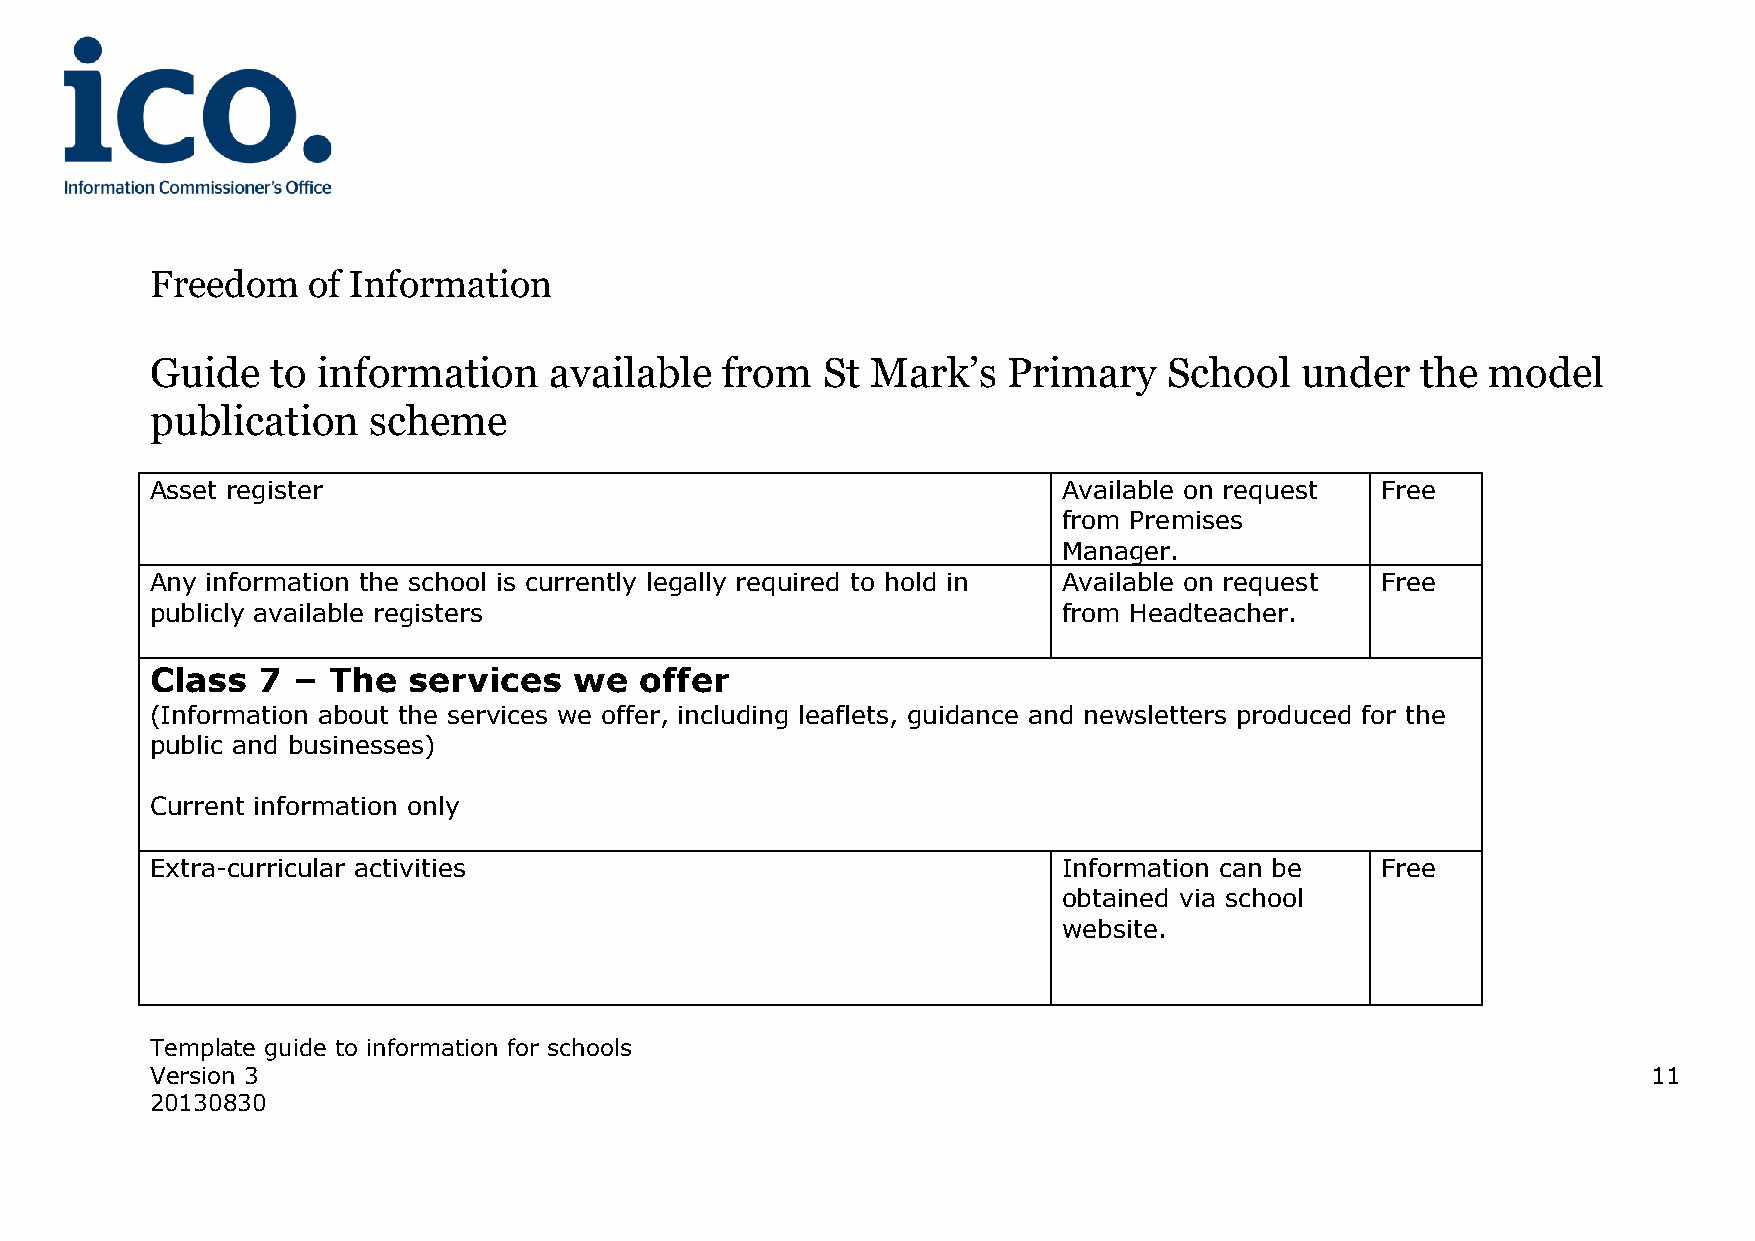
Freedom   of Information
 Guide   to information    available   from  St  Mark’s   Primary   School   under   the  model
 publication   scheme
 Asset register                                              Available on request Free
 from Premises
 Manager.
 Any information the school is currently legally required to hold in Available on request Free
 publicly available registers                                from Headteacher.
 Class  7 –  The  services   we  offer
 (Information about the services we offer, including leaflets, guidance and newsletters produced for the
 public and businesses)
 Current information only
 Extra-curricular activities                                 Information can be   Free
 obtained via school
 website.
 Template guide to information for schools
 Version 3                                                                                          11
 20130830